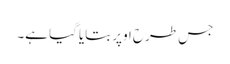
جس طرح اوپر بتایا گیا ہے۔